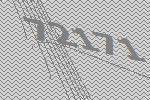
72171